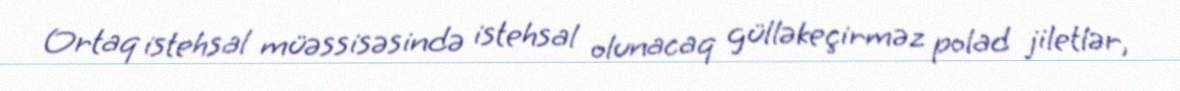
Ortaq istehsal müəssisəsində istehsal olunacaq gülləkeçirməz polad jiletlər,